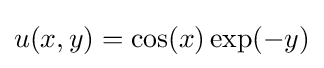
u(x,y)=\cos(x)\exp(-y)